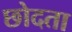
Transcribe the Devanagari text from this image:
छोदता